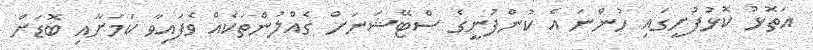
އަތޮޅު ކޮޅުފުށީގައި ހުންނަ އެ ކުންފުނީގެ ސްޓޭޝަނަށް ގެއްލުންތަކެއް ވެފައިވާ ކަމަށާއި ބޮޑަށް